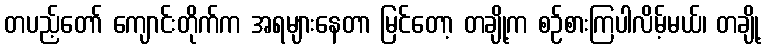
တပည့်တော် ကျောင်းတိုက်က အရများနေတာ မြင်တော့ တချို့က စဉ်စားကြပါလိမ့်မယ်၊ တချို့